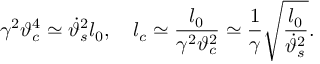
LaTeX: \gamma ^ { 2 } \vartheta _ { c } ^ { 4 } \simeq \dot { \vartheta } _ { s } ^ { 2 } l _ { 0 } , \quad l _ { c } \simeq \frac { l _ { 0 } } { \gamma ^ { 2 } \vartheta _ { c } ^ { 2 } } \simeq \frac { 1 } { \gamma } \sqrt { \frac { l _ { 0 } } { \dot { \vartheta } _ { s } ^ { 2 } } } .